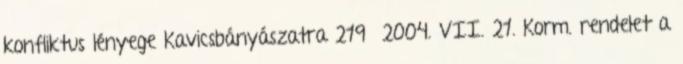
konfliktus lényege Kavicsbányászatra 219 2004. VII. 21. Korm. rendelet a